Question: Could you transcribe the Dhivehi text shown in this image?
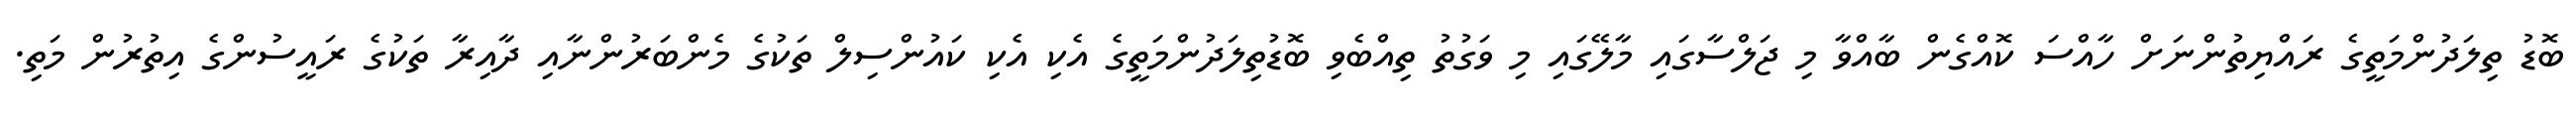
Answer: ބޮޑު ތިލަދުންމަތީގެ ރައްޔިތުންނަށް ހާއްސަ ކޮއްގެން ބާއްވާ މި ޖަލްސާގައި މާލޭގައި މި ވަގުތު ތިއްބެވި ބޮޑުތިލަދުންމަތީގެ އެކި އެކި ކައުންސިލް ތަކުގެ މެންބަރުންނާއި ދާއިރާ ތަކުގެ ރައީސުންގެ އިތުރުން މަތި.